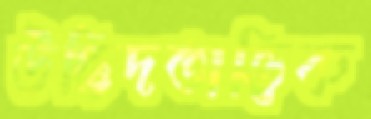
উদ্ভিদতাত্ত্বিক